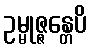
ဥမ္မုဇ္ဇန္တေပိ